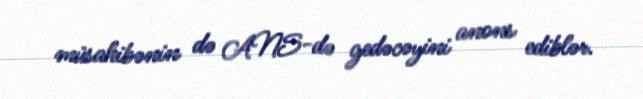
müsahibənin də ANS-də gedəcəyini anons ediblər.